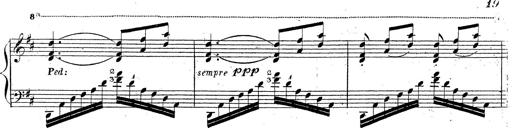
Title: Grande fantaisie sur la tyrolienne de l'opÃ©ra
Composer: Franz Liszt
Key: A major